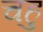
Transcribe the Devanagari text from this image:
चहु